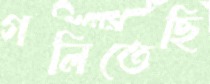
গলিতেছি